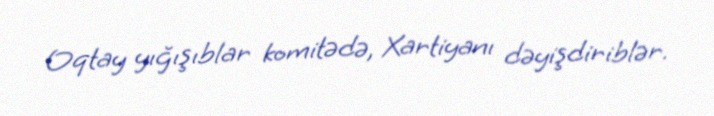
Oqtay yığışıblar komitədə, Xartiyanı dəyişdiriblər.